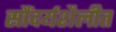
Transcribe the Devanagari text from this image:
सौंदर्यशैलीत